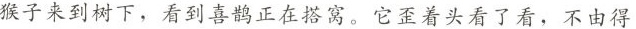
猴子来到树下，看到喜鹊正在搭窝。它歪着头看了看，不由得